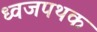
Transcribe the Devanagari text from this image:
ध्वजपथक